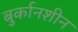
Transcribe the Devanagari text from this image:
बुर्कानशीन